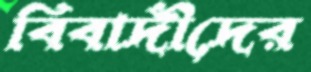
বিবাদীদের